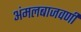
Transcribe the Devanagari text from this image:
अंमलबाजवणी